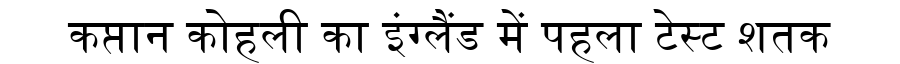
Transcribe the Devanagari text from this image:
कप्तान कोहली का इंग्लैंड में पहला टेस्ट शतक